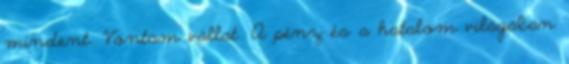
mindent. Vontam vállat. A pénz és a hatalom világában